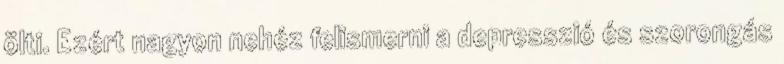
ölti. Ezért nagyon nehéz felismerni a depresszió és szorongás